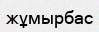
жұмырбас